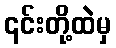
၎င်းတို့ထဲမှ